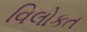
વિલોકત